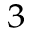
_ 3